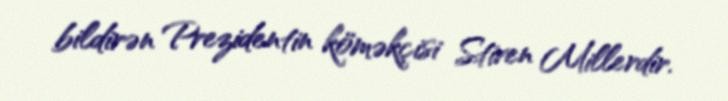
bildirən Prezidentin köməkçisi Stiven Millerdir.